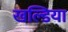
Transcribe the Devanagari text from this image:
खल्डिया